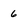
Character: 6